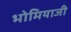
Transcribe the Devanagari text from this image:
भोमियाजी